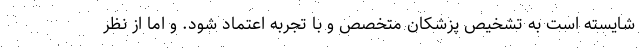
شایسته است به تشخیص پزشکان متخصص و با تجربه اعتماد شود. و اما از نظر